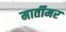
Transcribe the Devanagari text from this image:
मार्तीमर